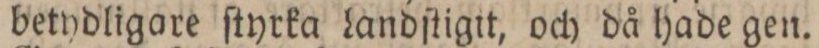
betydligare ſtyrka Landſtigit, och då hade gen.